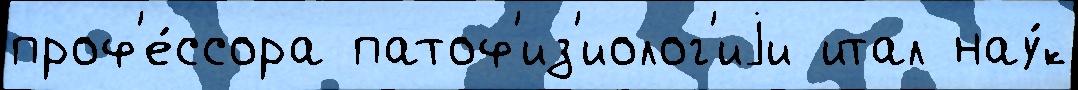
проф'е́ссора патоф'из'иолог'иjи итал нау́к